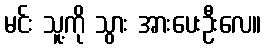
မင်း သူ့ကို သွား အားပေးဦးလေ။